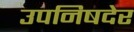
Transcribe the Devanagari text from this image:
उपनिषदेर